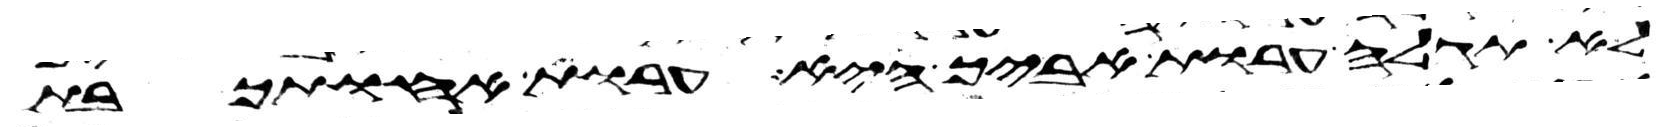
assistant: לא תגלה ערות אביך היא ערות אחותך בת